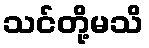
သင်တို့မသိ